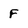
Character: F